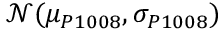
\mathcal { N } ( \mu _ { P 1 0 0 8 } , \sigma _ { P 1 0 0 8 } )